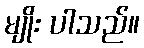
မျိုး ပါသည်။